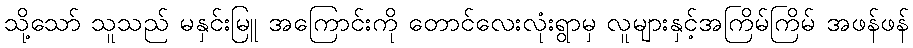
သို့သော် သူသည် မနှင်းမြူ အကြောင်းကို တောင်လေးလုံးရွာမှ လူများနှင့်အကြိမ်ကြိမ် အဖန်ဖန်